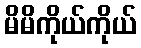
မိမိကိုယ်ကိုယ်